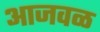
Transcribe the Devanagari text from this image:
आजवळ